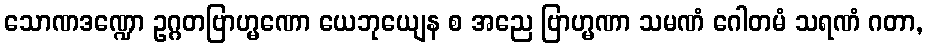
သောဏဒဏ္ဍော ဥဂ္ဂတဗြာဟ္မဏော ယေဘုယျေန စ အညေ ဗြာဟ္မဏာ သမဏံ ဂေါတမံ သရဏံ ဂတာ,